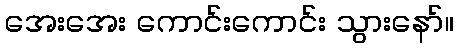
အေးအေး ကောင်းကောင်း သွားနော်။